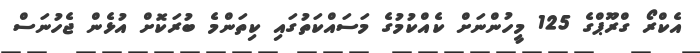
އެކްރޯ ގްރޫޕްގެ 125 މީހުންނަށް ކެއްކުމުގެ މަސައްކަތުގައި ކިތަންމެ ބުރަކޮށް އުޅެން ޖެހުނަސް